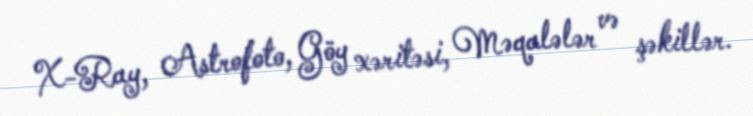
X-Ray, Astrofoto, Göy xəritəsi, Məqalələr və şəkillər.